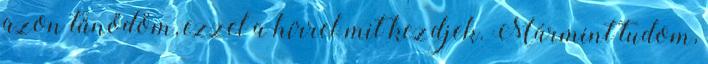
azon tűnődöm, ezzel a hírrel mit kezdjek. Mármint tudom,